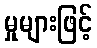
မှုများဖြင့်